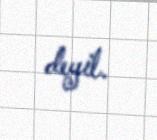
deyil.